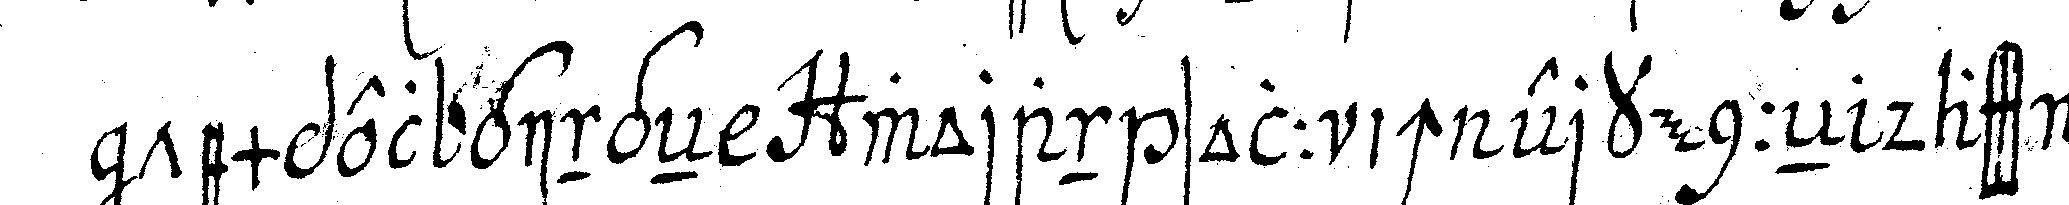
tempel gingeN woran soll ich erkenneN dass